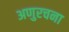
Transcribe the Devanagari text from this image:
अणुरचना